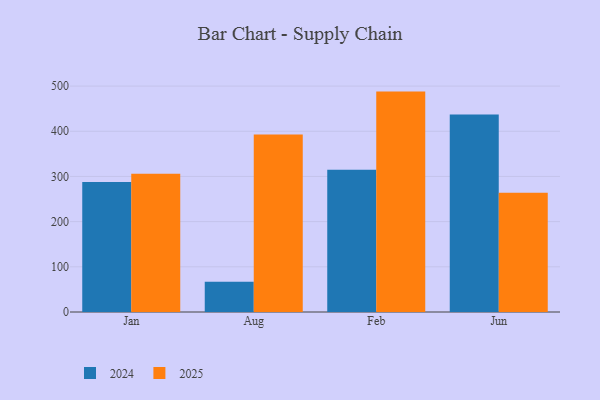
{"axis": {"x": "Month", "y": "Revenue (USD Million)"}, "legend": ["2024", "2025"], "data": [{"x": "Jan", "y": 287.6, "type": "2024"}, {"x": "Jan", "y": 305.8, "type": "2025"}, {"x": "Aug", "y": 67.2, "type": "2024"}, {"x": "Aug", "y": 393.1, "type": "2025"}, {"x": "Feb", "y": 314.9, "type": "2024"}, {"x": "Feb", "y": 487.8, "type": "2025"}, {"x": "Jun", "y": 436.9, "type": "2024"}, {"x": "Jun", "y": 264.1, "type": "2025"}]}